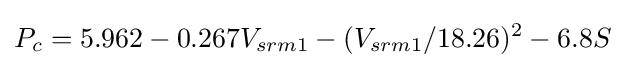
P_{c}=5.962-0.267V_{srm1}-(V_{srm1}/18.26)^{2}-6.8S